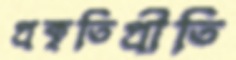
প্রকৃতিপ্রীতি